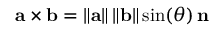
\mathbf { a } \times \mathbf { b } = \left\| \mathbf { a } \right\| \left\| \mathbf { b } \right\| \sin ( \theta ) \, \mathbf { n }